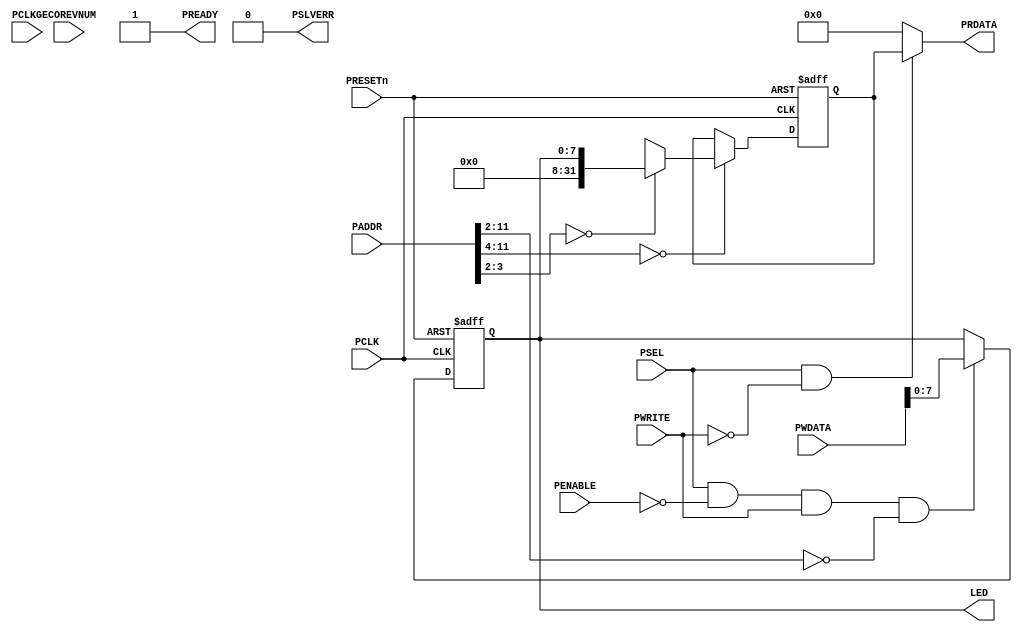
//BASE_ADDR 0x40001000
//0x00  W LED[7:0]   
module apb_led (
// --------------------------------------------------------------------------
// Port Definitions
// --------------------------------------------------------------------------
  input  wire        PCLK,     // Clock
  input  wire        PCLKG,    // Gated Clock
  input  wire        PRESETn,  // Reset

  input  wire        PSEL,     // Device select
  input  wire [15:0] PADDR,    // Address
  input  wire        PENABLE,  // Transfer control
  input  wire        PWRITE,   // Write control
  input  wire [31:0] PWDATA,   // Write data

  input  wire [3:0]  ECOREVNUM,// Engineering-change-order revision bits

  output wire [31:0] PRDATA,   // Read data
  output wire        PREADY,   // Device ready
  output wire        PSLVERR,  // Device error response
  
  output wire [7:0]  LED
);

	//write control
	wire write_enable;
	wire write_enable00;

  reg    [31:0] read_mux_word;

	//control register
	reg [7:0] led_data_r;

	//main code
	//write signal
	assign write_enable=PSEL&(~PENABLE)&PWRITE;
	assign write_enable00=write_enable&(PADDR[11:2]==10'h000);
  assign  read_enable  = PSEL & (~PWRITE);
	//write operations
	always@(posedge PCLK or negedge PRESETn)begin
		if(~PRESETn)
			led_data_r<='d0;
		else if(write_enable00)
			led_data_r<=PWDATA[7:0];
	end

  //read operations
  always @(posedge PCLK or negedge PRESETn)begin
    if(!PRESETn)
      read_mux_word <= 32'd0;
    else if (PADDR[11:4] == 8'h00) begin
            case (PADDR[3:2])
                2'b00:  read_mux_word <= {{24{1'b0}} ,led_data_r};
                default : read_mux_word <= {32{1'bx}};
            endcase
        end
    end
	// Output read data to APB
  assign PRDATA = (read_enable) ? read_mux_word : {32{1'b0}};
  assign PREADY  = 1'b1; // Always ready
  assign PSLVERR = 1'b0; // Always okay

  //connect external
  assign LED = led_data_r;
endmodule